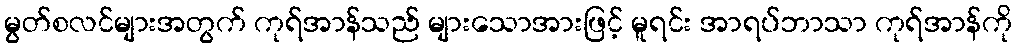
မွတ်စလင်များအတွက် ကုရ်အာန်သည် များသောအားဖြင့် မူရင်း အာရပ်ဘာသာ ကုရ်အာန်ကို